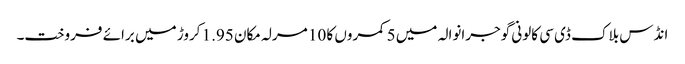
انڈس بلاک ڈی سی کالونی گوجرانوالہ میں 5 کمروں کا 10 مرلہ مکان 1.95 کروڑ میں برائے فروخت۔